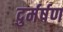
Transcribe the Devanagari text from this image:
दुर्मर्षण